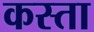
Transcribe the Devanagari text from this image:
कस्‍ता